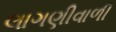
લાગણીવાળી